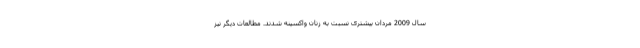
سال 2009 مردان بیشتری نسبت به زنان واکسینه شدند. مطالعات دیگر نیز